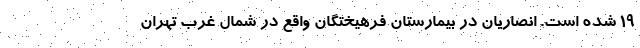
۱۹ شده است. انصاریان در بیمارستان فرهیختگان واقع در شمال غرب تهران